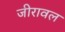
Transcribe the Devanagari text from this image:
जीरावल